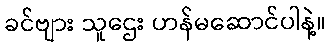
ခင်ဗျား သူဌေး ဟန်မဆောင်ပါနဲ့။